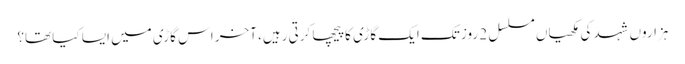
ہزاروں شہد کی مکھیاں مسلسل 2 روز تک ایک گاڑی کا پیچھا کرتی رہیں، آخر اس گاڑی میں ایسا کیا تھا؟